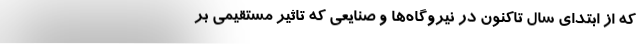
که از ابتدای سال تاکنون در نیروگاه‌ها و صنایعی که تاثیر مستقیمی بر